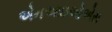
એનઆઇઓએસ